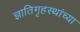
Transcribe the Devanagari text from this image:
ज्ञातिगृहस्थांच्या